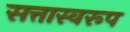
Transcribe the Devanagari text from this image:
सत्तास्वरूप